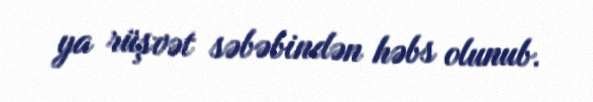
ya rüşvət səbəbindən həbs olunub.